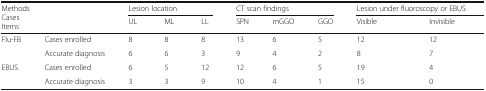
| <ROWSPAN=2-COLSPAN=2> MethodsCasesItems | <COLSPAN=3> Lesion location | <COLSPAN=3> CT scan findings | <COLSPAN=2> Lesion under fluoroscopy or EBUS |
 | UL | ML | LL | SPN | mGGO | GGO | Visible | Invisible |
 | --- | --- | --- | --- | --- | --- | --- | --- | --- | --- |
 | <ROWSPAN=2> Flu-FB | Cases enrolled | 8 | 8 | 8 | 13 | 6 | 5 | 12 | 12 |
 | Accurate diagnosis | 6 | 6 | 3 | 9 | 4 | 2 | 8 | 7 |
 | <ROWSPAN=2> EBUS | Cases enrolled | 6 | 5 | 12 | 12 | 6 | 5 | 19 | 4 |
 | Accurate diagnosis | 3 | 3 | 9 | 10 | 4 | 1 | 15 | 0 |